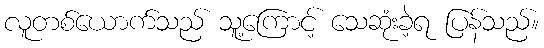
လူတစ်ယောက်သည် သူ့ကြောင့် သေဆုံးခဲ့ရ ပြန်သည်။